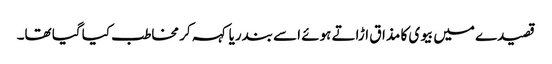
قصیدے میں بیوی کا مذاق اڑاتے ہوئے اسے بندریا کہہ کر مخاطب کیا گیا تھا۔